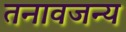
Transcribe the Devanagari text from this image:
तनावजन्य